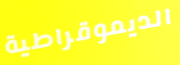
الديموقراطية